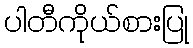
ပါတီကိုယ်စားပြု